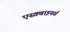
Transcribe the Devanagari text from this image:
एस्क़्वाइयर्स